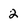
Character: 2